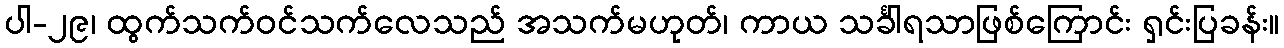
ပါ-၂၉၊ ထွက်သက်ဝင်သက်လေသည် အသက်မဟုတ်၊ ကာယ သင်္ခါရသာဖြစ်ကြောင်း ရှင်းပြခန်း။